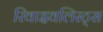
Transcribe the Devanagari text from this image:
रिवाइवलिस्ट्स